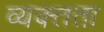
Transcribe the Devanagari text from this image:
व्यक्त्तता